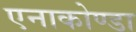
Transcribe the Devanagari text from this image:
एनाकोण्डा